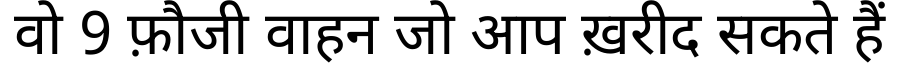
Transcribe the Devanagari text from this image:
वो 9 फ़ौजी वाहन जो आप ख़रीद सकते हैं